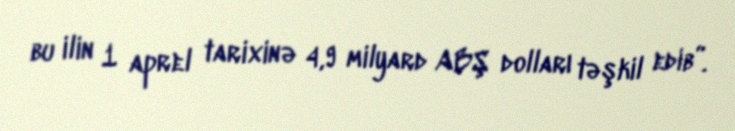
bu ilin 1 aprel tarixinə 4,9 milyard ABŞ dolları təşkil edib”.